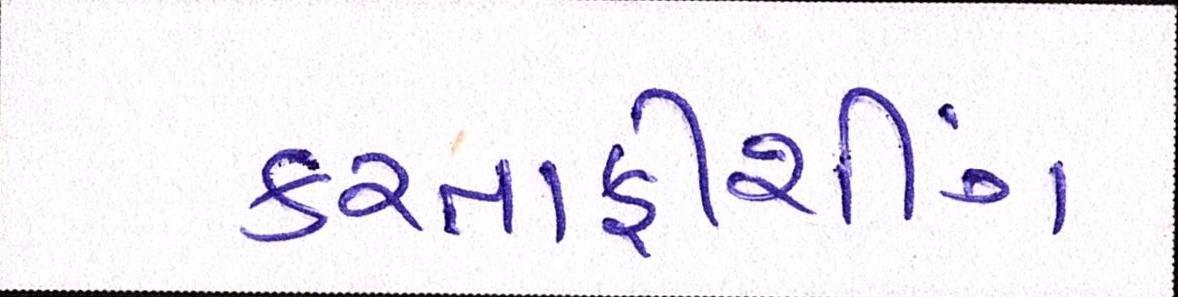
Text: કરતાફીશીંગ